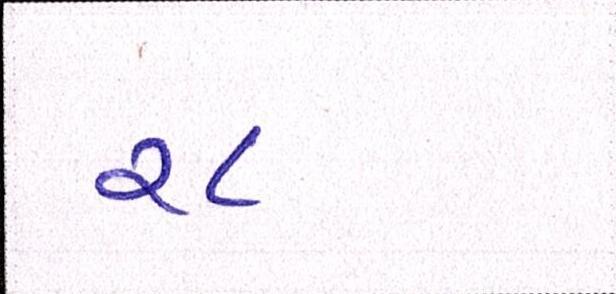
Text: ૨૮